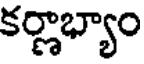
కర్ణాభ్యాం